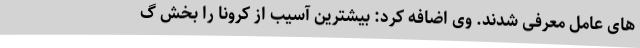
های عامل معرفی شدند. وی اضافه کرد: بیشترین آسیب از کرونا را بخش گ